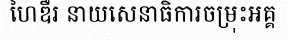
ហៃឌឺរ នាយសេនាធិការចម្រុះអគ្គ